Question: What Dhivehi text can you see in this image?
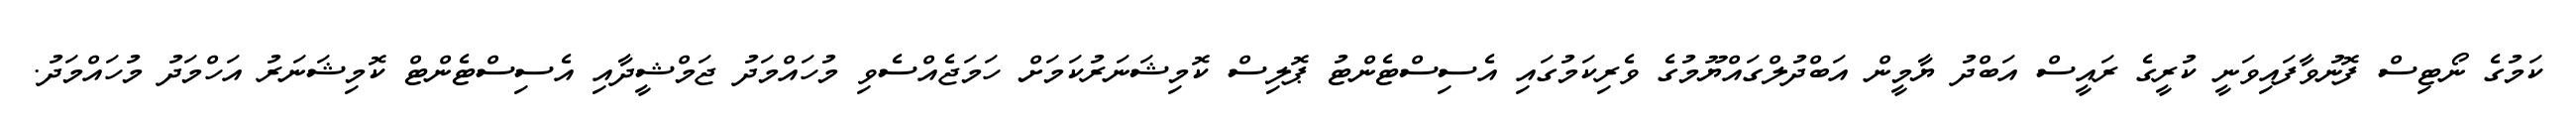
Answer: ކަމުގެ ނޯޓިސް ފޮނުވާފައިވަނީ ކުރީގެ ރައީސް އަބްދު ޔާމީން އަބްދުލްގައްޔޫމުގެ ވެރިކަމުގައި އެސިސްޓެންޓު ޕޮލިސް ކޮމިޝަނަރުކަމަށް ހަމަޖެއްސެވި މުހައްމަދު ޖަމްޝީދާއި އެސިސްޓެންޓް ކޮމިޝަނަރު އަހްމަދު މުހައްމަދު.